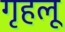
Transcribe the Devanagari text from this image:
गृहलू